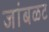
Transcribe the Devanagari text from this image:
जांबळट